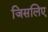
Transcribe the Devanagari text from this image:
जिसलिए